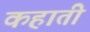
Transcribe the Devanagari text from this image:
कहाती